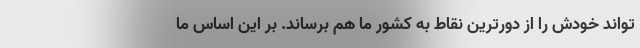
‌تواند خودش را از دورترین نقاط به کشور ما هم برساند. بر این اساس ما